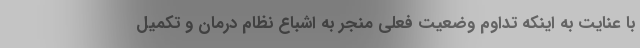
با عنایت به اینکه تداوم وضعیت فعلی منجر به اشباع نظام درمان و تکمیل